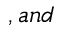
, a n d